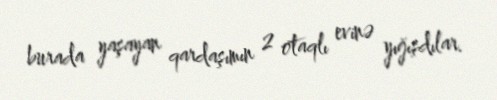
burada yaşayan qardaşımın 2 otaqlı evinə yığışdılar.